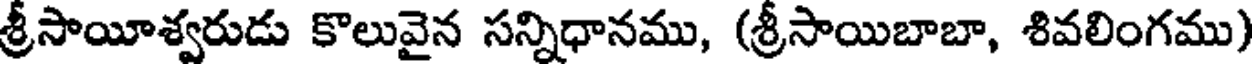
శ్రీసాయీశ్వరుడు కొలువైన సన్నిధానము, (శ్రీసాయిబాబా, శివలింగము)